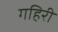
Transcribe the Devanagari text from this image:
गहिरी